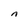
Character: n